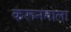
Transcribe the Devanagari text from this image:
करूनगाला